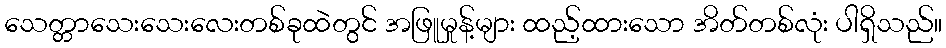
သေတ္တာသေးသေးလေးတစ်ခုထဲတွင် အဖြူမှုန့်များ ထည့်ထားသော အိတ်တစ်လုံး ပါရှိသည်။